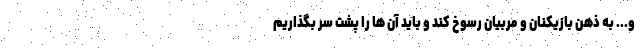
و... به ذهن بازیکنان و مربیان رسوخ کند و باید آن ها را پشت سر بگذاریم